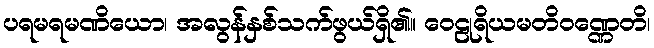
ပရမရမဏိယော၊ အလွန်နှစ်သက်ဖွယ်ရှိ၏။ ဝေဠုရိယမတိဝဏ္ဏေတိ၊